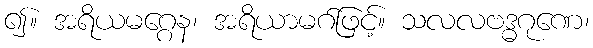
၍။ အရိယမဂ္ဂေန၊ အရိယာမဂ်ဖြင့်။ သလလဗဒ္ဓဂုဏေ၊